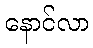
နောင်လာ